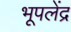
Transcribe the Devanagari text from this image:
भूपलेंद्र